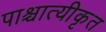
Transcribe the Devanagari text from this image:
पाश्चात्यीकृत